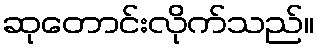
ဆုတောင်းလိုက်သည်။